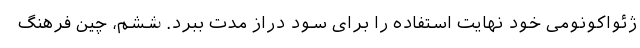
ژئواکونومی خود نهایت استفاده را برای سود دراز مدت ببرد. ششم، چین فرهنگ